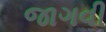
જાગવી